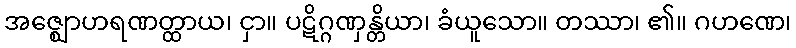
အဇ္ဈောဟရဏတ္ထာယ၊ ငှာ။ ပဋိဂ္ဂဏှန္တိယာ၊ ခံယူသော။ တဿာ၊ ၏။ ဂဟဏေ၊